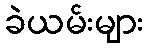
ခဲယမ်းများ